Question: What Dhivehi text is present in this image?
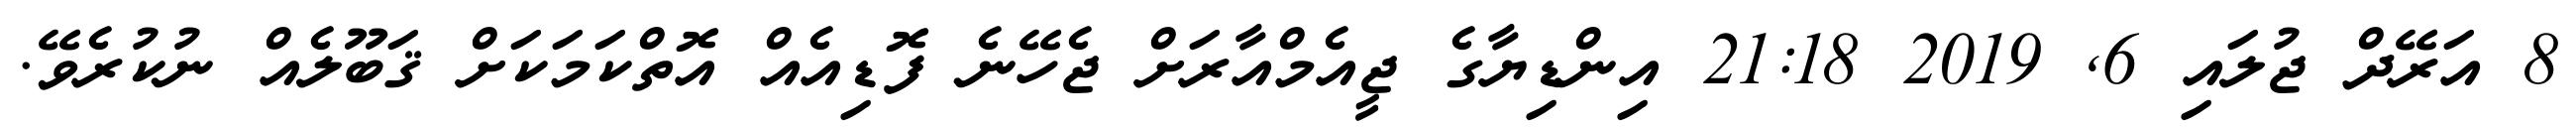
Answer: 8 އަރޭދް ޖުލައި 6, 2019 21:18 އިންޑިޔާގެ ޖީއެމްއާރަށް ޖެހޭނެ ފޮޑިއެއް އޮތްކަމަކަށް ޤަބޫލެއް ނުކުރެވޭ.